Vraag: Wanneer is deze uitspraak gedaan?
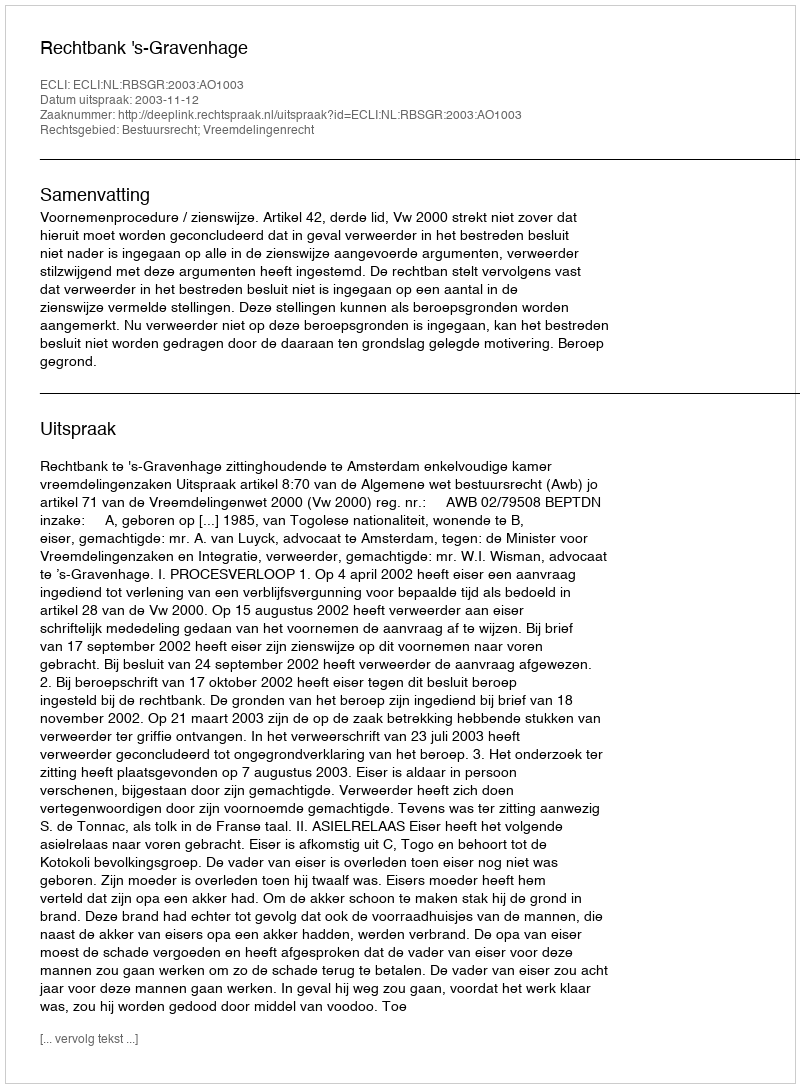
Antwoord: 2003-11-12